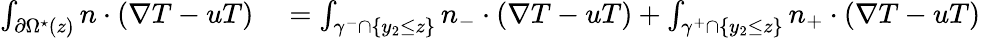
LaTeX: \begin{array}{rl}{\int_{\partial\Omega^{\star}(z)}n\cdot(\nabla T-uT)}&{{}=\int_{\gamma^{-}\cap\{ y_{2}\leq z\} }n_{-}\cdot(\nabla T-uT)+\int_{\gamma^{+}\cap\{ y_{2}\leq z\} }n_{+}\cdot(\nabla T-uT)}\end{array}